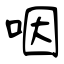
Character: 咽